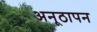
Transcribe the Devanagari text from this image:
अनूठापन